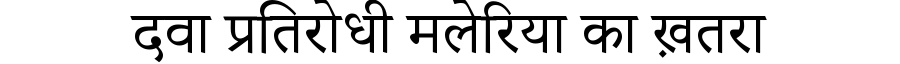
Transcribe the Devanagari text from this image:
दवा प्रतिरोधी मलेरिया का ख़तरा